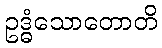
ဥဒ္ဓံသောတောတိ